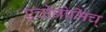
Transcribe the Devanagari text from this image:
एचोनोमिच्